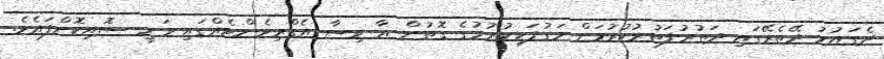
ދެގައުމު ދޭތެރޭގައި ދަތުރުފަތުރުކުރުމަށް މަގުފަހިކުރުމުގެ ގޮތުން އާ ވިސާ އެގްރިމެންޓެއްގައި ވަނީ ސޮއިކޮށްފައެވެ.